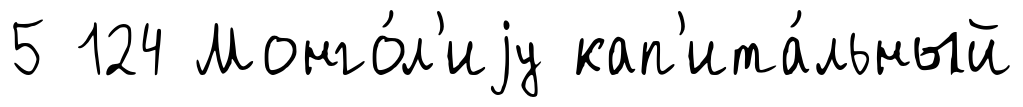
5 124 Монго́л'иjу кап'ита́льный